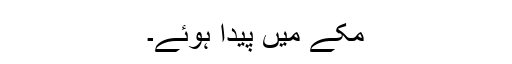
مکے میں پیدا ہوئے۔